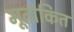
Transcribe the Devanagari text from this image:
मूतांकित